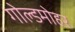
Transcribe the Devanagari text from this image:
गोल्डमोहर